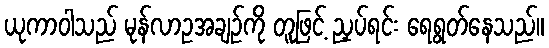
ယုကာဝါသည် မုန်လာဥအချဉ်ကို တူဖြင့် ညှပ်ရင်း ရေရွတ်နေသည်။